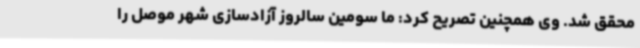
محقق شد. وی همچنین تصریح کرد: ما سومین سالروز آزادسازی شهر موصل را